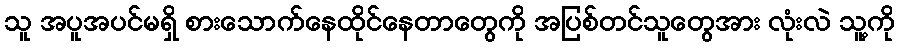
သူ အပူအပင်မရှိ စားသောက်နေထိုင်နေတာတွေကို အပြစ်တင်သူတွေအား လုံးလဲ သူ့ကို